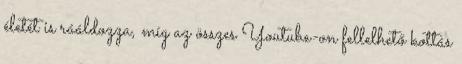
életét is rááldozza, míg az összes Youtube-on fellelhető kottás